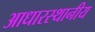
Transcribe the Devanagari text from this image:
आधारस्थानीय